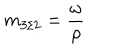
m _ { 3 / 2 } = \frac { \omega } { \rho }